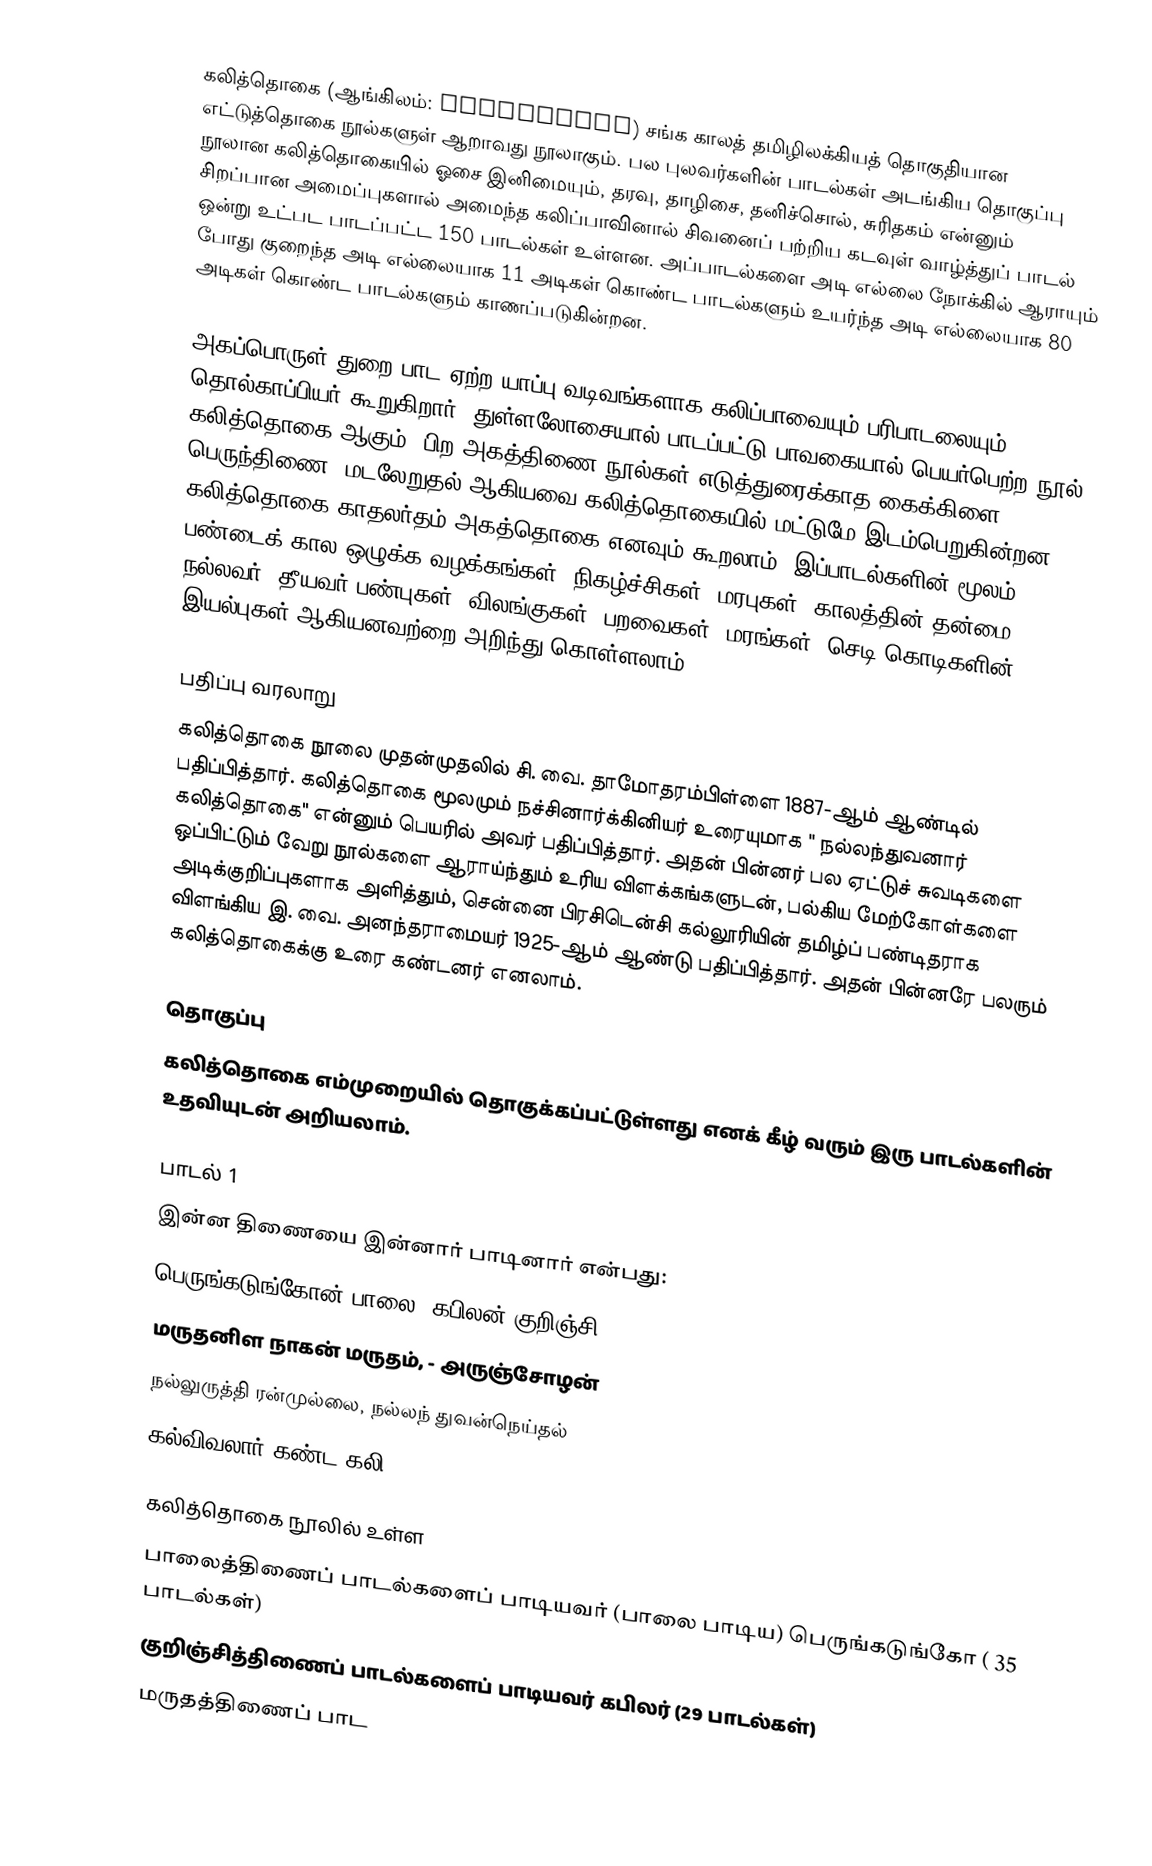
கலித்தொகை (ஆங்கிலம்: Kalittokai) சங்க காலத் தமிழிலக்கியத் தொகுதியான எட்டுத்தொகை நூல்களுள் ஆறாவது நூலாகும். பல புலவர்களின் பாடல்கள் அடங்கிய தொகுப்பு நூலான கலித்தொகையில் ஓசை இனிமையும், தரவு, தாழிசை, தனிச்சொல், சுரிதகம் என்னும் சிறப்பான அமைப்புகளால் அமைந்த கலிப்பாவினால் சிவனைப் பற்றிய கடவுள் வாழ்த்துப் பாடல் ஒன்று உட்பட பாடப்பட்ட 150 பாடல்கள்  உள்ளன. அப்பாடல்களை அடி எல்லை நோக்கில் ஆராயும் போது குறைந்த அடி எல்லையாக 11 அடிகள் கொண்ட பாடல்களும் உயர்ந்த அடி எல்லையாக 80 அடிகள் கொண்ட பாடல்களும் காணப்படுகின்றன.

அகப்பொருள் துறை பாட  ஏற்ற யாப்பு வடிவங்களாக கலிப்பாவையும் பரிபாடலையும் தொல்காப்பியர் கூறுகிறார். துள்ளலோசையால் பாடப்பட்டு பாவகையால் பெயர்பெற்ற நூல் கலித்தொகை ஆகும். பிற அகத்திணை நூல்கள் எடுத்துரைக்காத கைக்கிளை, பெருந்திணை, மடலேறுதல் ஆகியவை கலித்தொகையில் மட்டுமே இடம்பெறுகின்றன. கலித்தொகை காதலர்தம் அகத்தொகை எனவும் கூறலாம். இப்பாடல்களின் மூலம் பண்டைக் கால ஒழுக்க வழக்கங்கள், நிகழ்ச்சிகள், மரபுகள், காலத்தின் தன்மை, நல்லவர், தீயவர் பண்புகள், விலங்குகள், பறவைகள், மரங்கள், செடி கொடிகளின் இயல்புகள் ஆகியனவற்றை அறிந்து கொள்ளலாம்.

பதிப்பு வரலாறு
கலித்தொகை நூலை முதன்முதலில் சி. வை. தாமோதரம்பிள்ளை 1887-ஆம் ஆண்டில் பதிப்பித்தார். கலித்தொகை மூலமும் நச்சினார்க்கினியர் உரையுமாக " நல்லந்துவனார் கலித்தொகை" என்னும் பெயரில் அவர் பதிப்பித்தார். அதன் பின்னர் பல ஏட்டுச் சுவடிகளை ஒப்பிட்டும் வேறு நூல்களை ஆராய்ந்தும் உரிய விளக்கங்களுடன், பல்கிய மேற்கோள்களை அடிக்குறிப்புகளாக அளித்தும், சென்னை பிரசிடென்சி கல்லூரியின் தமிழ்ப் பண்டிதராக விளங்கிய இ. வை. அனந்தராமையர் 1925-ஆம் ஆண்டு பதிப்பித்தார். அதன் பின்னரே பலரும் கலித்தொகைக்கு உரை கண்டனர் எனலாம்.

தொகுப்பு
கலித்தொகை எம்முறையில் தொகுக்கப்பட்டுள்ளது எனக் கீழ் வரும் இரு பாடல்களின் உதவியுடன் அறியலாம்.

பாடல் 1
இன்ன திணையை இன்னார் பாடினார் என்பது:
பெருங்கடுங்கோன் பாலை, கபிலன் குறிஞ்சி,
மருதனிள நாகன் மருதம், - அருஞ்சோழன்
நல்லுருத்தி ரன்முல்லை, நல்லந் துவன்நெய்தல்
கல்விவலார் கண்ட கலி.

கலித்தொகை நூலில் உள்ள
பாலைத்திணைப் பாடல்களைப் பாடியவர் (பாலை பாடிய) பெருங்கடுங்கோ ( 35 பாடல்கள்)
குறிஞ்சித்திணைப் பாடல்களைப் பாடியவர் கபிலர் (29 பாடல்கள்)
மருதத்திணைப் பாட